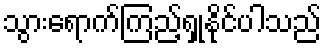
သွားရောက်ကြည့်ရှုနိုင်ပါသည်